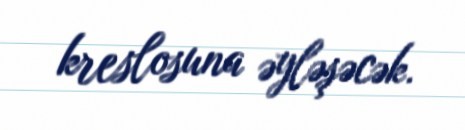
kreslosuna əyləşəcək.